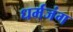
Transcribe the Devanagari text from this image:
धर्मजंग